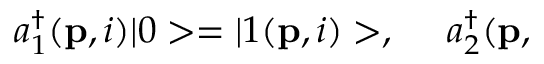
a _ { 1 } ^ { \dagger } ( { \bf p } , i ) | 0 > = | 1 ( { \bf p } , i ) > , \ \ \ \ a _ { 2 } ^ { \dagger } ( { \bf p , }